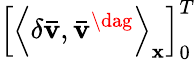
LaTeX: \left[{{{\left\langle{\delta{\mathbf{\bar{v}}},{{{\mathbf{\bar{v}}}}^{\dag}}}\right\rangle}_{\mathbf{x}}}}\right]_{0}^{T}